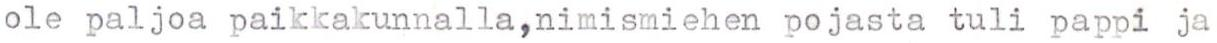
ole paljoa paikkakunnalla,nimismiehen pojasta tuli pappi ja